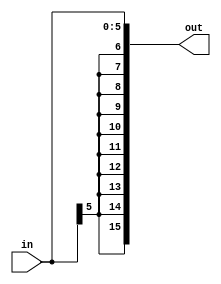
module sign_extender_6(in,out);

input [5:0] in;
output [15:0] out;

wire [5:0] in;
wire [15:0] out;

assign  out = {in[5],in[5],in[5],in[5],in[5],in[5],in[5],in[5],in[5],in[5],in[5:0]};

endmodule